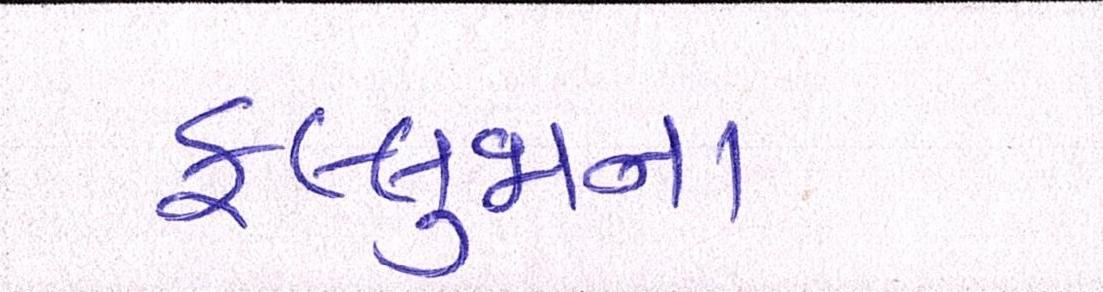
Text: ફલ્લુજાના